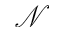
\mathcal { N }